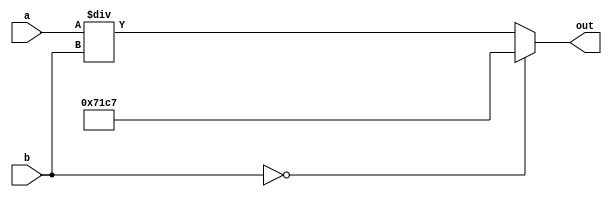
module divide_14 (
    input [15:0] a,
    input [15:0] b,
    output reg [15:0] out
  );
  
  
  
  always @* begin
    if (b == 1'h0) begin
      out = 58'h23c61b3b32571c7;
    end else begin
      out = a / b;
    end
  end
endmodule